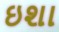
ઇશા